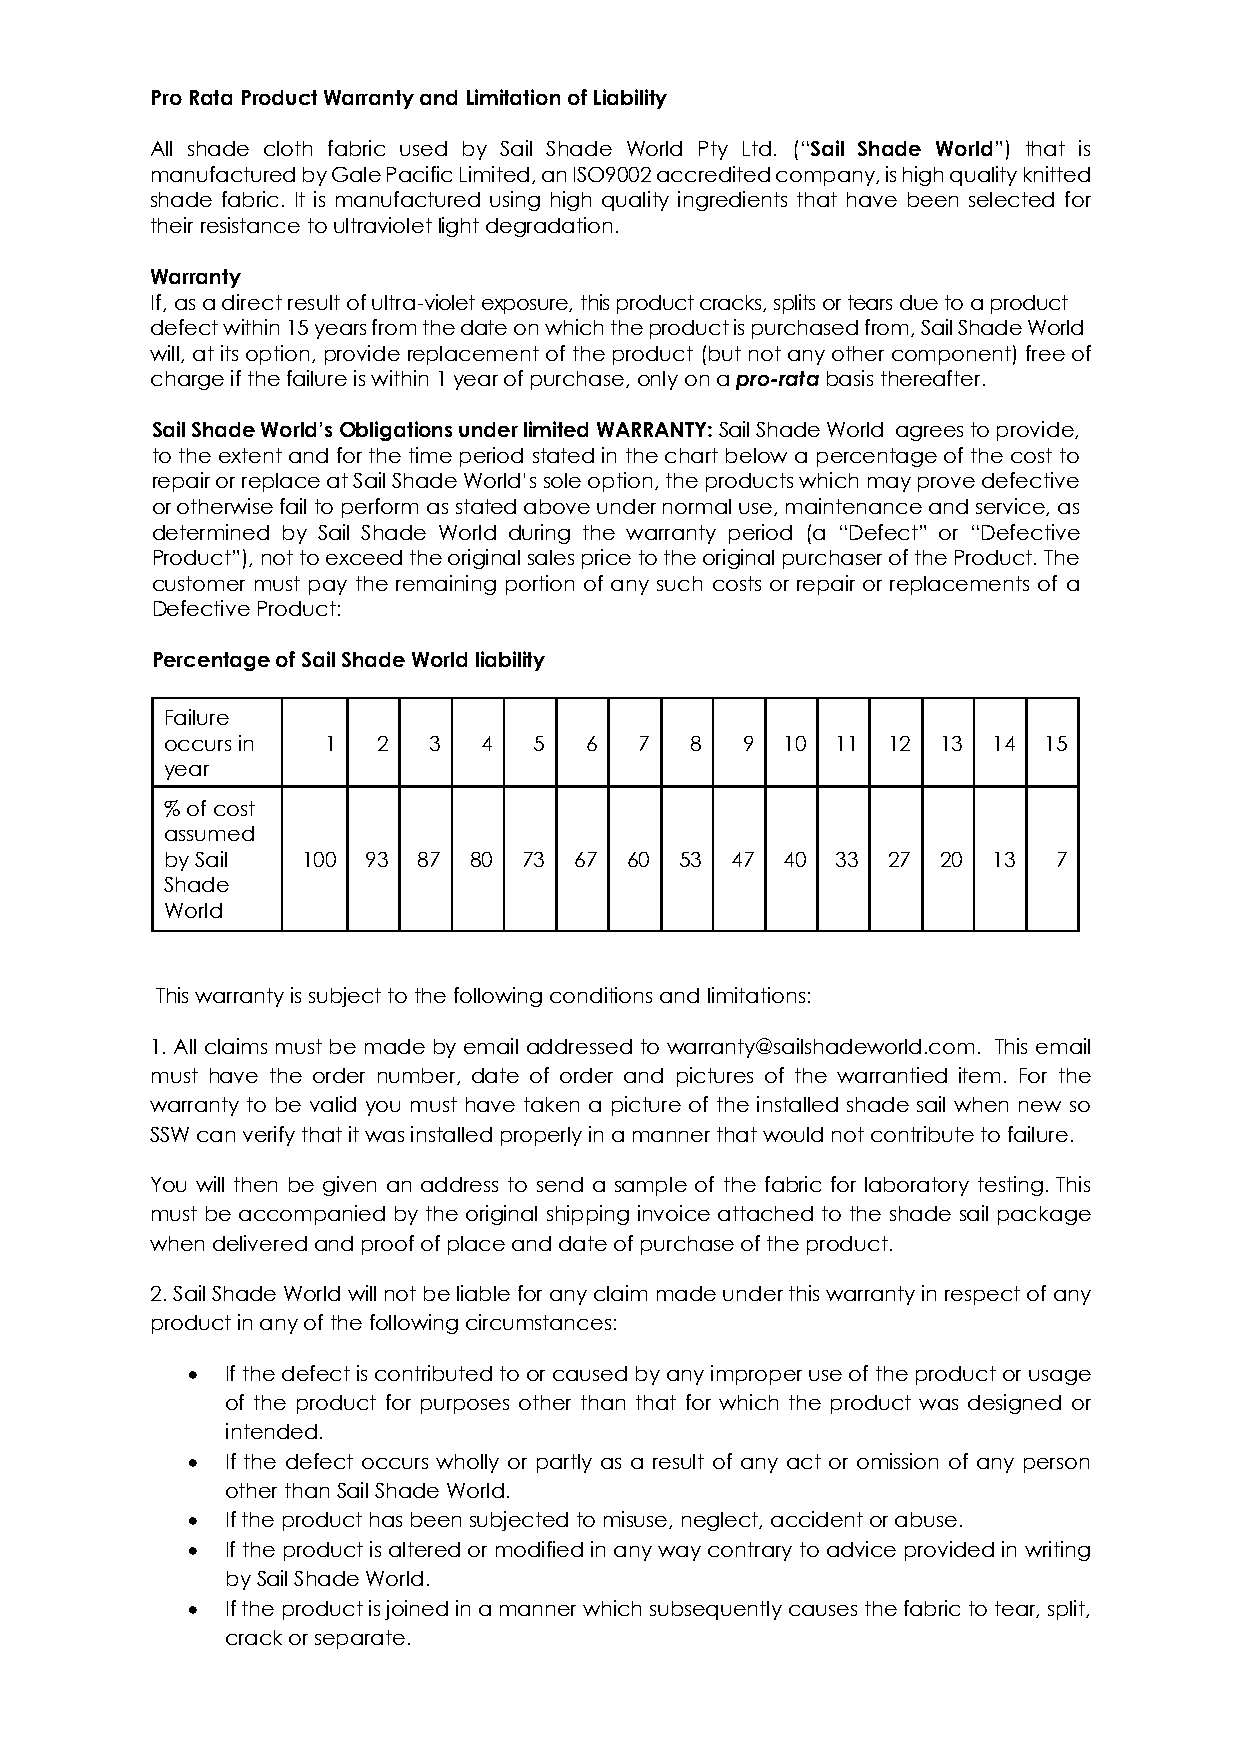
Pro Rata Product Warranty and Limitation of Liability
 All shade cloth fabric used by Sail Shade World Pty Ltd. (“Sail Shade World”) that is
 manufactured by Gale Pacific Limited, an ISO9002 accredited company, is high quality knitted
 shade fabric. It is manufactured using high quality ingredients that have been selected for
 their resistance to ultraviolet light degradation.
 Warranty
 If, as a direct result of ultra-violet exposure, this product cracks, splits or tears due to a product
 defect within 15 years from the date on which the product is purchased from, Sail Shade World
 will, at its option, provide replacement of the product (but not any other component) free of
 charge if the failure is within 1 year of purchase, only on a pro-rata basis thereafter.
 Sail Shade World’s Obligations under limited WARRANTY: Sail Shade World agrees to provide,
 to the extent and for the time period stated in the chart below a percentage of the cost to
 repair or replace at Sail Shade World’s sole option, the products which may prove defective
 or otherwise fail to perform as stated above under normal use, maintenance and service, as
 determined by Sail Shade World during the warranty period (a “Defect” or “Defective
 Product”), not to exceed the original sales price to the original purchaser of the Product. The
 customer must pay the remaining portion of any such costs or repair or replacements of a
 Defective Product:
 Percentage of Sail Shade World liability
 Failure
 occurs in 1   2  3   4  5   6  7   8  9  10 11  12 13  14 15
 year
 % of cost
 assumed
 by Sail  100 93  87 80  73 67 60  53 47  40 33  27 20  13  7
 Shade
 World
 This warranty is subject to the following conditions and limitations:
 1. All claims must be made by email addressed to warranty@sailshadeworld.com. This email
 must have the order number, date of order and pictures of the warrantied item. For the
 warranty to be valid you must have taken a picture of the installed shade sail when new so
 SSW can verify that it was installed properly in a manner that would not contribute to failure.
 You will then be given an address to send a sample of the fabric for laboratory testing. This
 must be accompanied by the original shipping invoice attached to the shade sail package
 when delivered and proof of place and date of purchase of the product.
 2.Sail Shade World will not be liable for any claim made under this warranty in respect of any
 product in any of the following circumstances:
 •  If the defect is contributed to or caused by any improper use of the product or usage
 of the product for purposes other than that for which the product was designed or
 intended.
 •  If the defect occurs wholly or partly as a result of any act or omission of any person
 other than Sail Shade World.
 •  If the product has been subjected to misuse, neglect, accident or abuse.
 •  If the product is altered or modified in any way contrary to advice provided in writing
 by Sail Shade World.
 •  If the product is joined in a manner which subsequently causes the fabric to tear, split,
 crack or separate.